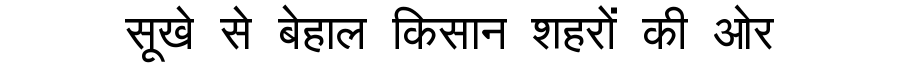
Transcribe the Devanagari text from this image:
सूखे से बेहाल किसान शहरों की ओर